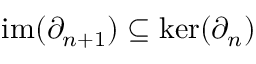
\mathrm { i m } ( \partial _ { n + 1 } ) \subseteq \ker ( \partial _ { n } )